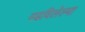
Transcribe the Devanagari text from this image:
मढविलेल्या